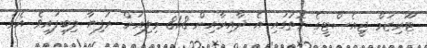
ޓޫރިޒަމް ޖީއެސްޓީގެ ގޮތުގައި އެ ދާއިރާއިން 81.8 މިލިއަން ރުފިޔާ ލިބިފައިވެ އެވެ.